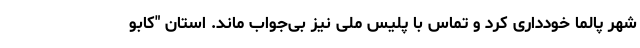
شهر پالما خودداری کرد و تماس با پلیس ملی نیز بی‌جواب ماند. استان "کابو